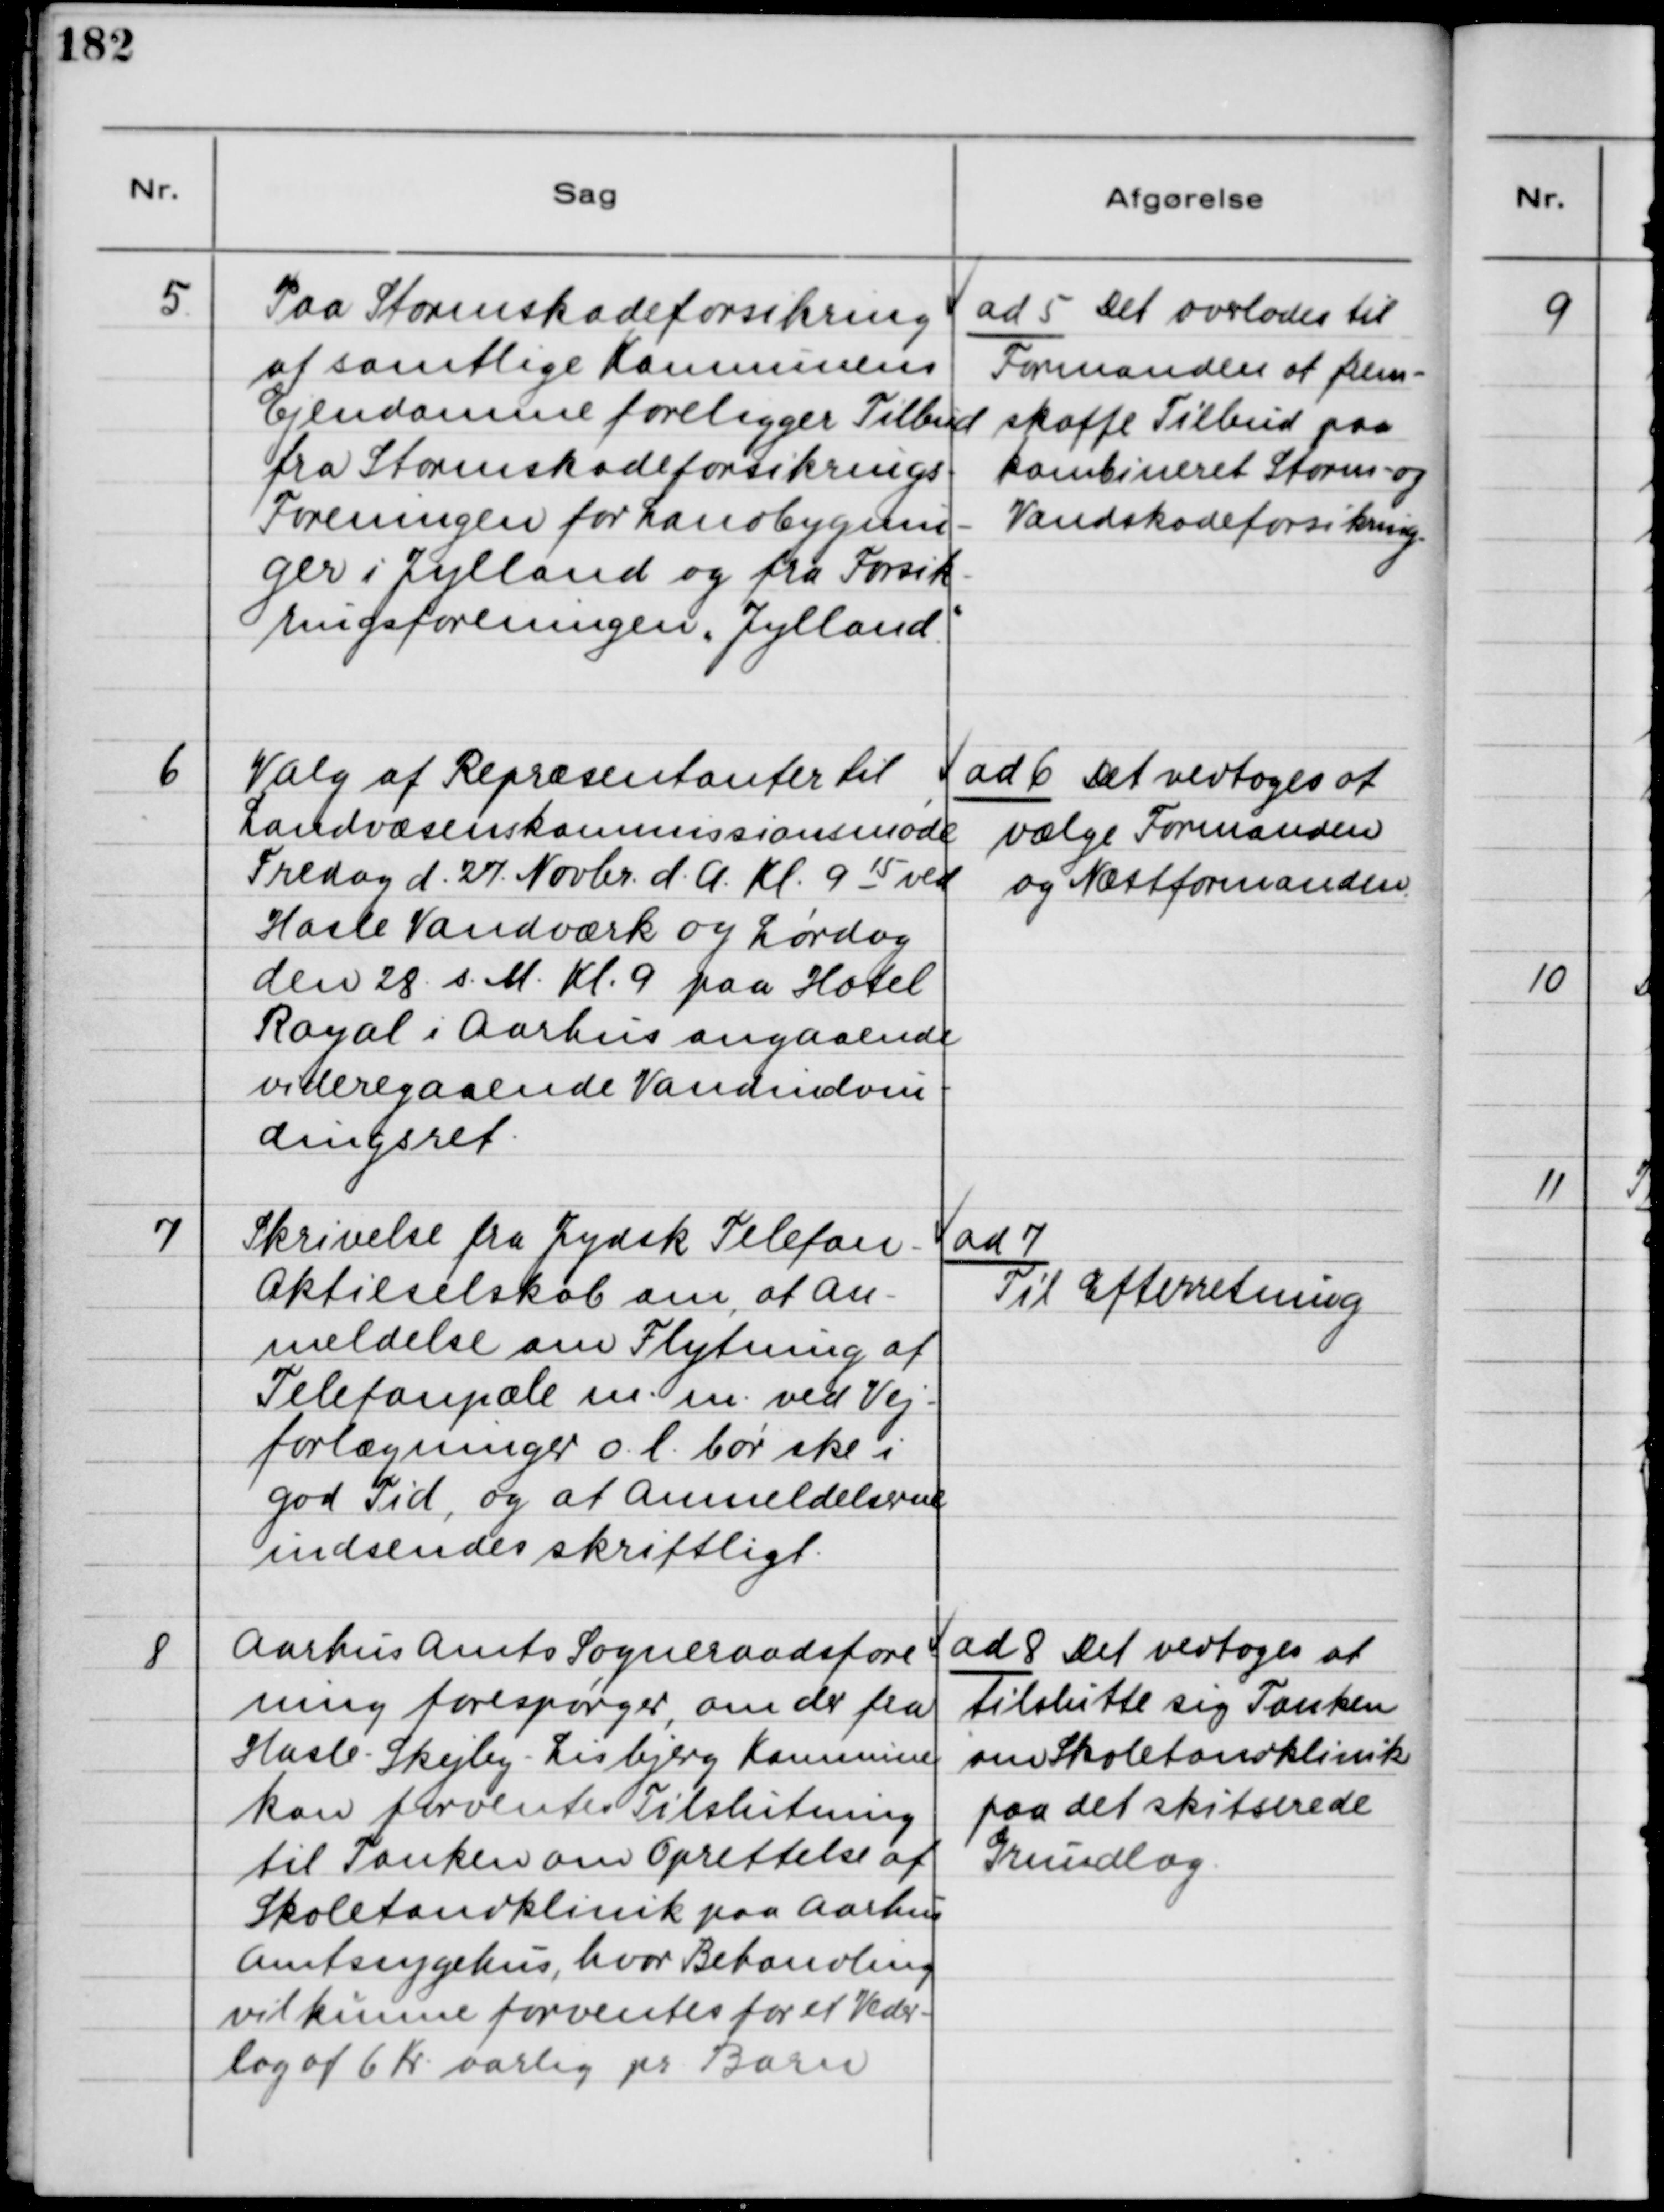
Transskription:
5
Paa Stormskadeforsikring
af samtlige Kommunens
Ejendomme foreligger tilbud
fra Stormskadeforsikrings-
Foreningen for Landbygnin-
ger i Jylland og fra Forsik-
ringsforeningen ,,Jylland"
ad 5 Det overlades til
Formanden at frem-
skaffe Tilbud paa
kombineret Storm- og
Vandskadeforsikring.
6
Valg af Repræsentanter til
Landvæsenskommissionsmøde
Fredag d. 27. Novbr. d.A. Kl. 9 15 ved
Hasle Vandværk og Lørdag
den 28. s. M. Kl. 9 paa Hotel
Royal i Aarhus angaaende
videregaaende Vandindvin-
dringsret.
ad 6 Det vedtoges at 
vælge Formanden
og Næstformanden.
7
Skrivelse fra Jydsk Telefon-
Aktieselskab om, at An-
meldelse om Flytning af
Telefonpæle m.m. ved Vej-
forlægninger o.l. bør ske i
god Tid, og at Anmeldelserne
indsendes skriftligt.
ad 7
Til Efterretning
8
Aarhus Amts Sogneraadsfore-
ning forespørger, om der fra
Hasle-Skejby-Lisbjerg Kommune
kan forventes Tilslutning
til Tanken om Oprettelse af
Skoletandklinik paa Aarhus
Amtssygehus, hvor Behandling
vil kunne forventes for et Veder-
lag af 6 Kr. aarlig pr. Barn.
ad 8 Det vedtoges at
tilslutte sig Tanken
om Skoletandklinik
paa det skitserede
Grundlag.